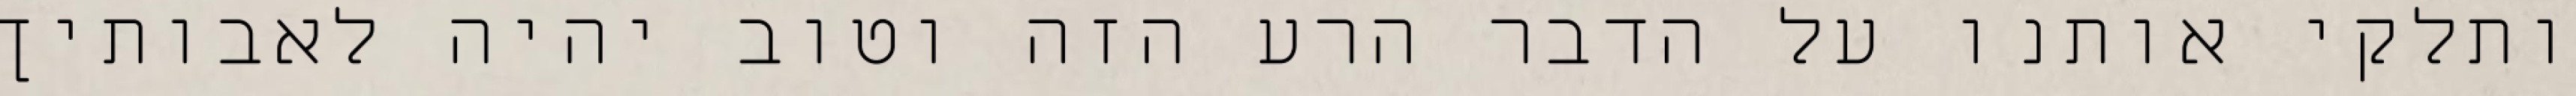
ותלקי אותנו על הדבר הרע הזה וטוב יהיה לאבותיך